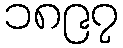
၁၈၉၇